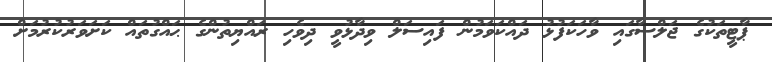
ޕާޓީތަކުގެ ޖަލްސާގައި ވާހަކަފުޅު ދައްކަވަމުން ފައިސަލް ވިދާޅުވީ ދިވެހި ރައްޔިތުންގެ ޙައްގުތައް ކަށަވަރުކުރުމަށް